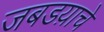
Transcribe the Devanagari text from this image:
जबडय़ाचे